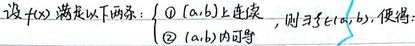
设 \(f(x)\) 满足以下两条：
\(\textcircled{1}\) \([a,b]\) 上连续，
\(\textcircled{2}\) \((a,b)\) 内可导，则 \(\exists\xi\in(a,b)\)，使得